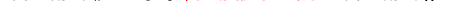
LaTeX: \smash{\mathrm{\ textsl{v}}_{\parallel}^{2}\approx 3.0\ensuremath{\mathrm{\ textsl{v}}_{0}}^{2}}